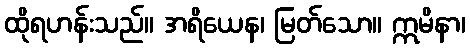
ထိုရဟန်းသည်။ အရိယေန၊ မြတ်သော။ ဣမိနာ၊